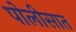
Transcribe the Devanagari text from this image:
पोलीसात